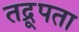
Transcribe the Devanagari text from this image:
तद्रूपता